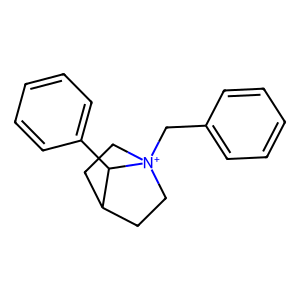
SMILES: c1ccc(C[N+]23CCC(CC2)C3c2ccccc2)cc1
Inhibits HIV replication: No